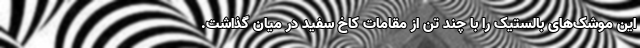
این موشک‌های بالستیک را با چند تن از مقامات کاخ سفید در میان گذاشت.